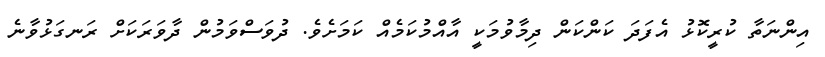
އިންނަތާ ކުރީކޮޅު އެފަދަ ކަންކަން ދިމާވުމަކީ އާއްމުކަމެއް ކަމަށެވެ. ދުވަސްވަމުން ދާވަރަކަށް ރަނގަޅުވާނެ